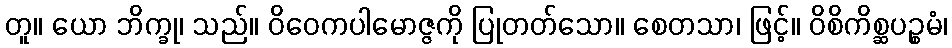
တူ။ ယော ဘိက္ခု၊ သည်။ ဝိဝေကပါမောဇ္ဇကို ပြုတတ်သော။ စေတသာ၊ ဖြင့်။ ဝိစိကိစ္ဆပဉ္စမံ၊